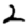
Digit: 2